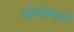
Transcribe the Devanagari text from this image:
ओकोतेलुल्को